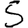
Digit: 5